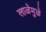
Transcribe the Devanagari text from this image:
लाळेमुळे